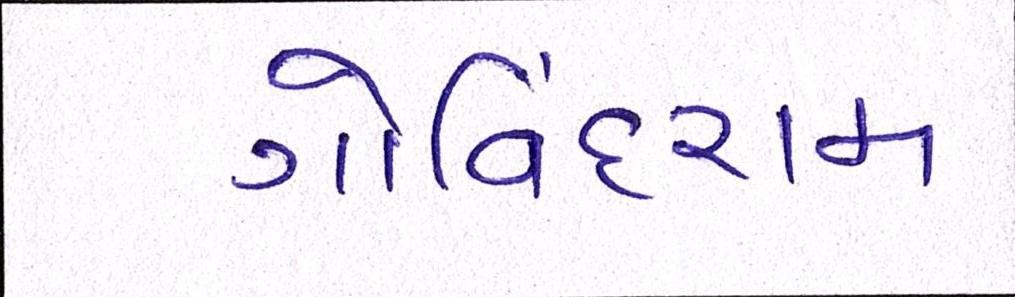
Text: ગોવિંદરામ